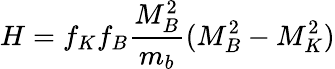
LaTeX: H=f_{K}f_{B}{\frac{M_{B}^{2}}{m_{b}}}(M_{B}^{2}-M_{K}^{2})